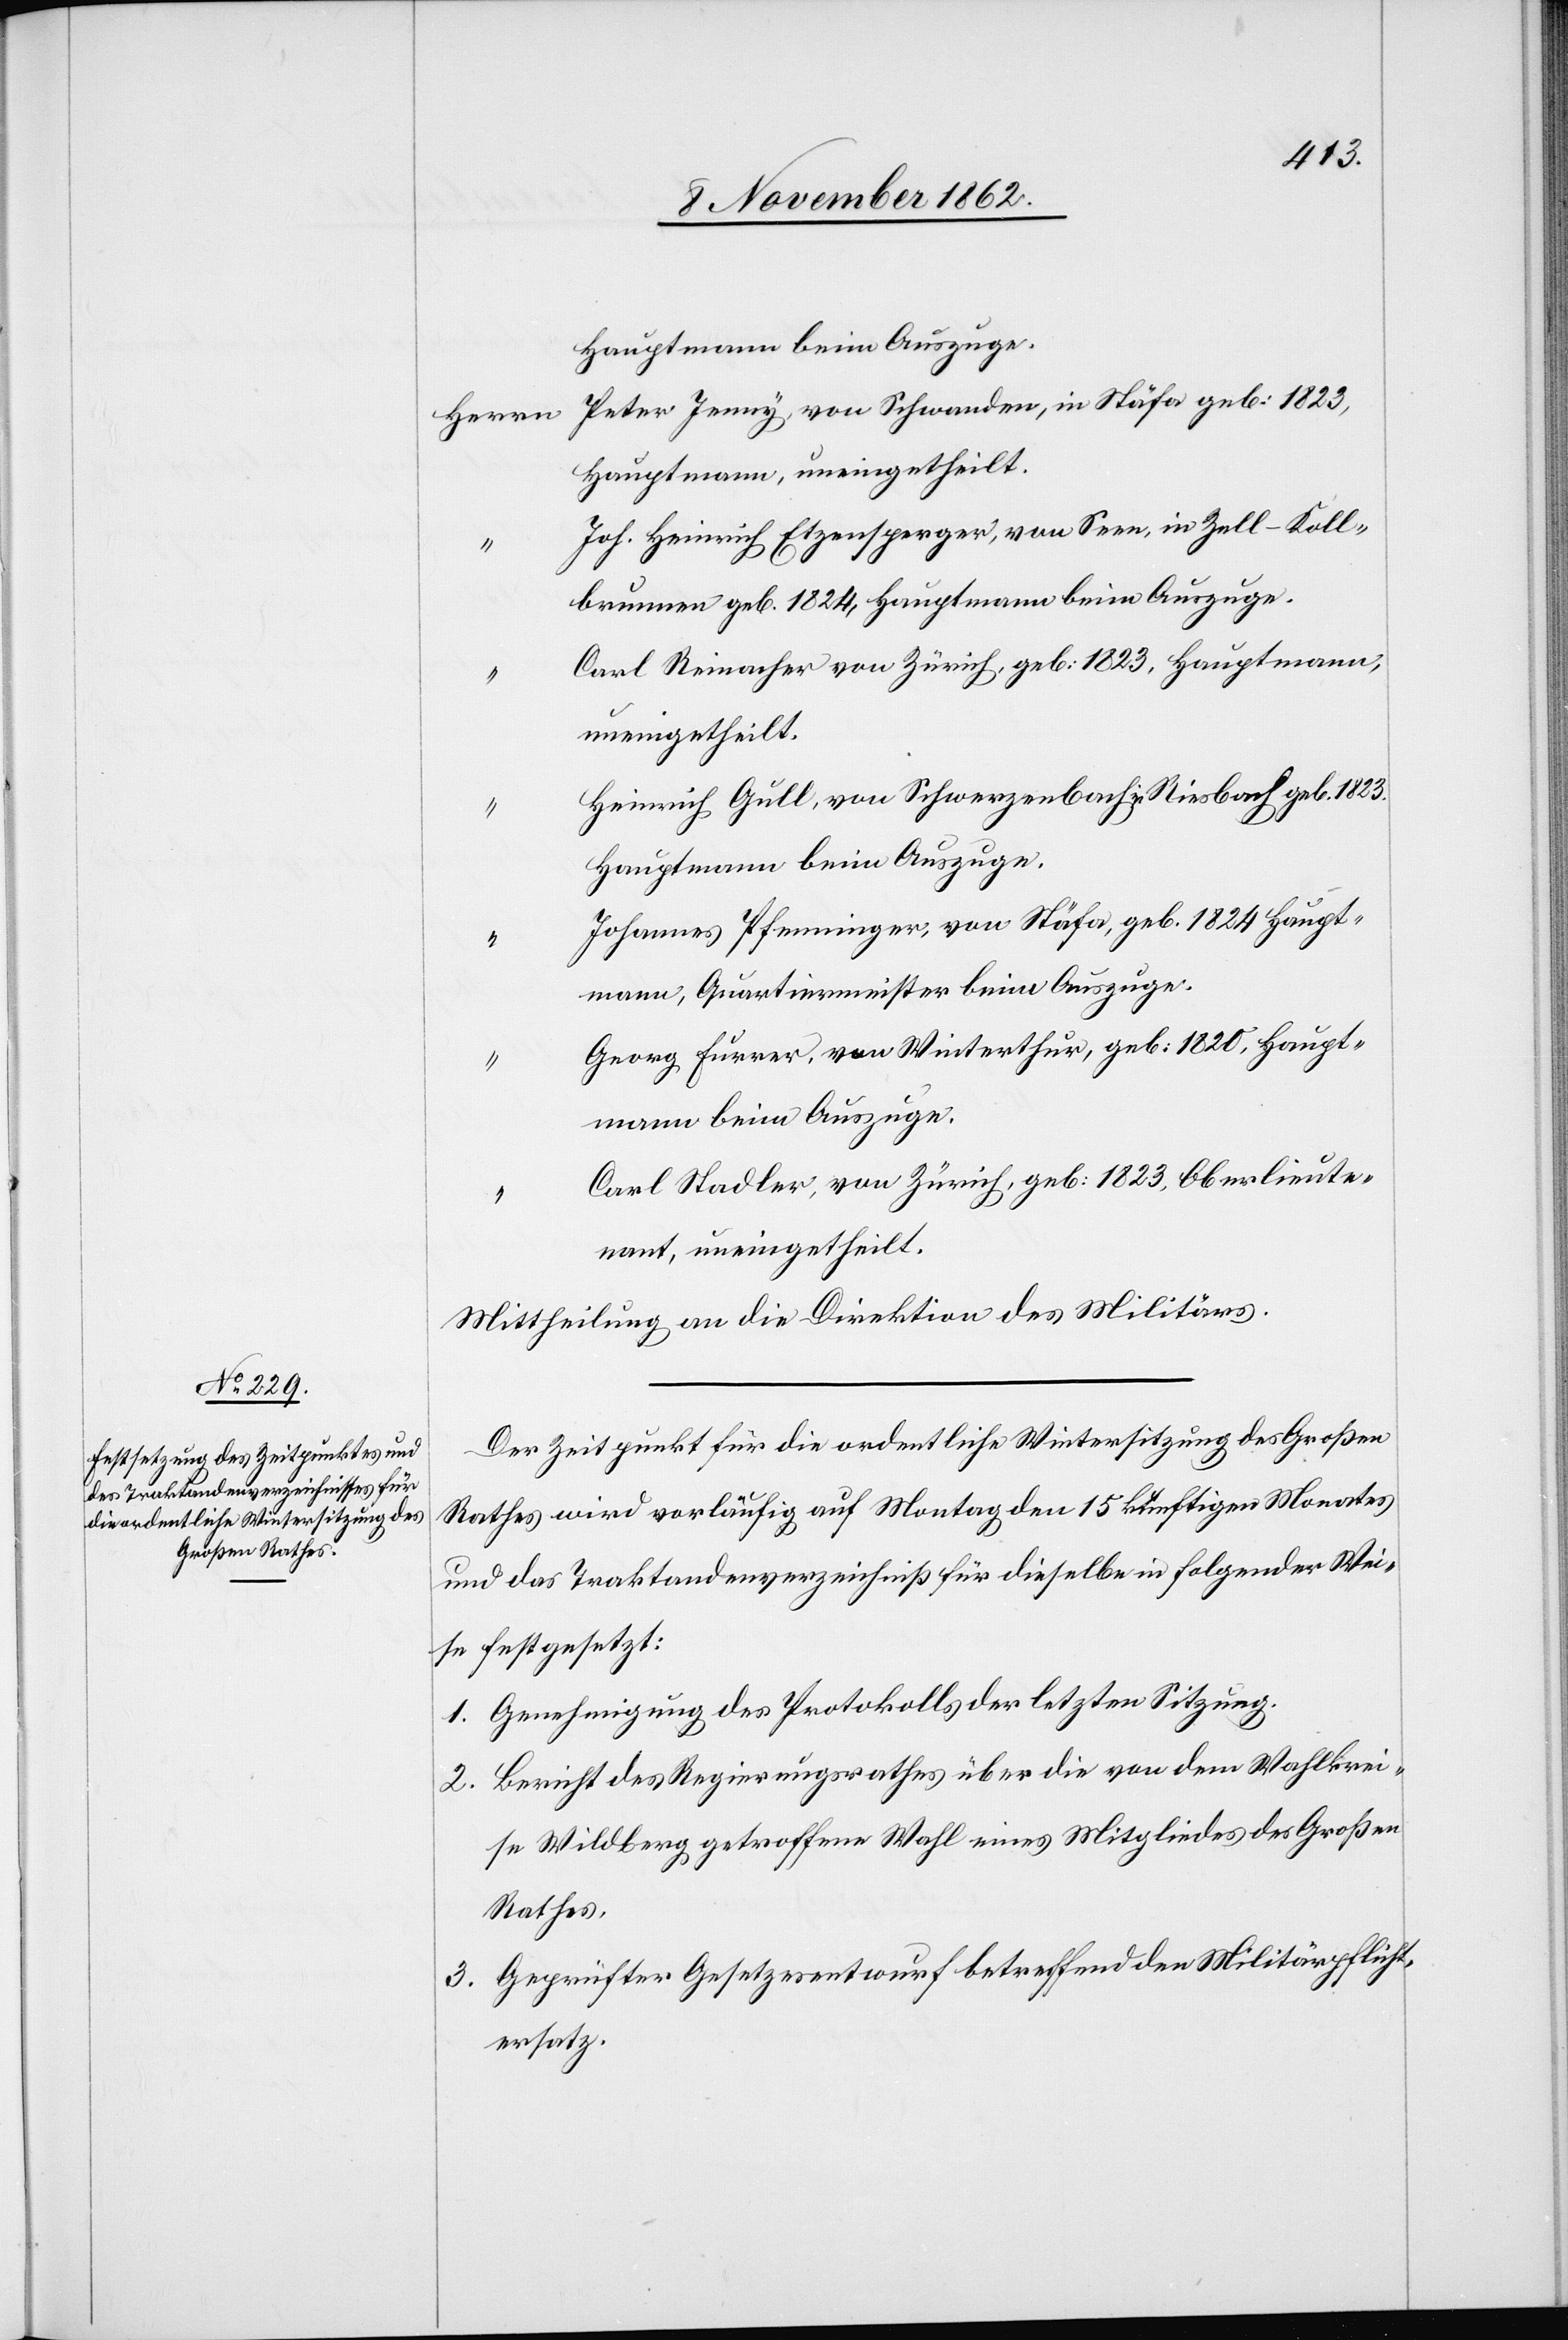
Hauptmann beim Auszuge.
Peter Jenny, von Schwanden, in Stäfa geb: 1823,
Hauptmann, uneingetheilt.
Joh. Heinrich Etzensperger, von Seen, in Zell-Koll¬
brunnen geb. 1824, Hauptmann beim Auszuge.
Caro Reinacher von Zürich, geb: 1823, Hauptmann,
uneingetheilt.
Heinrich Gull, von Schwerzenbach in Riesbach geb. 1823.
Hauptmann beim Auszuge.
Johannes Pfenninger, von Stäfa, geb. 1824 Haupt¬
mann, Quartiermeister beim Auszuge.
Georg Furrer, von Winterthur, geb: 1820, Haupt¬
mann beim Auszuge.
Carl Stadler, von Zürich, geb: 1823, Oberlieute¬
nant, uneingetheilt.
Mittheilung an die Direktion des Militärs.
Der Zeitpunkt für die ordentliche Wintersitzung des Großen
Rathes wird vorläufig auf Montag den 15 künftigen Monates
und das Traktandenverzeichniß für dieselbe in folgender Wei¬
se festgesetzt:
1. Genehmigung des Protokolls der letzten Sitzung.
2. Bericht des Regierungsrathes über die von dem Wahlkrei¬
se Wildberg getroffene Wahl eines Mitgliedes des Großen
Rathes,
3. Geprüfter Gesetzesentwurf betreffend den Militärpflicht¬
ersatz.